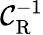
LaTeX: \mathcal{C}_{\mathrm{{R}}}^{-1}